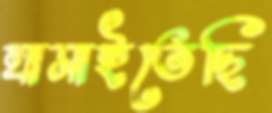
ঘামাইতেছি